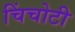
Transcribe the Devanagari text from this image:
चिंचोटी